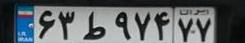
۶۳ط۹۷۴۷۷